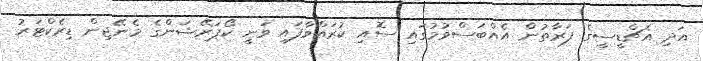
އަދި އެޗްޑީސީގެ ފަރާތުން އެއްބަސްވުމުގައި ސޮއި ކުރައްވާފައި ވަނީ ކޯޕަރޭޝަންގެ މެނޭޖިން ޑިރެކްޓަރު